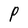
Character: P